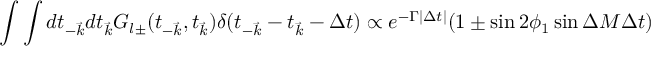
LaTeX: \int \int d t _ { - \vec { k } } d t _ { \vec { k } } G _ { l \pm } ( t _ { - \vec { k } } , t _ { \vec { k } } ) \delta ( t _ { - \vec { k } } - t _ { \vec { k } } - \Delta t ) \propto e ^ { - \Gamma | \Delta t | } ( 1 \pm \sin 2 \phi _ { 1 } \sin \Delta M \Delta t )